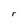
Character: r